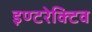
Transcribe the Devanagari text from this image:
इण्टरेक्टिव